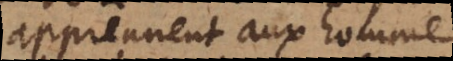
apprennent aux hommes